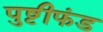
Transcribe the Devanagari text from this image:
पुष्टीफंड